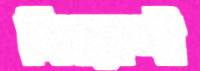
নিয়োগী